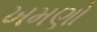
ખમણો